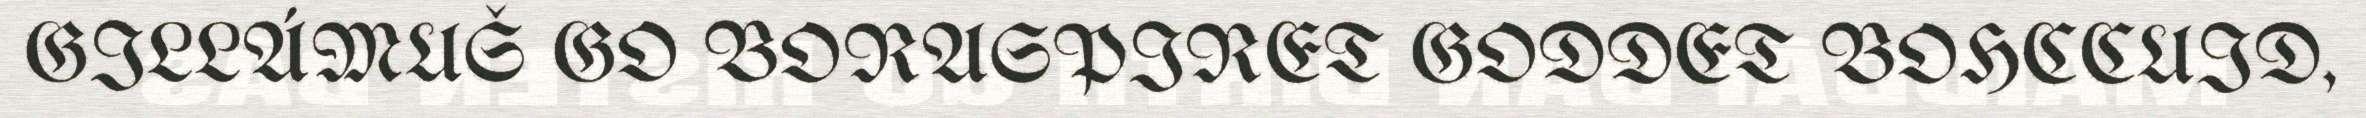
GILLÁMUŠ GO BORASPIRET GODDET BOHCCUID,